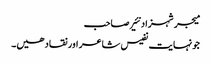
میجر شہزاد نئیر صاحب
جونہایت نفیس شاعر اور نقاد ھیں۔